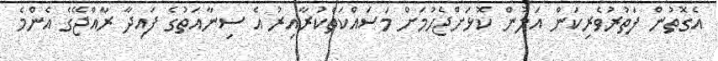
އެގޮތުން ފަތުރުވެރިކަން އަލުން ކޮޅަށްޖެހުމަށް މަސައްކަތްކުރާއިރު އެ ސިނާއަތުގެ ފައިދާ ރާއްޖޭގެ އެންމެ